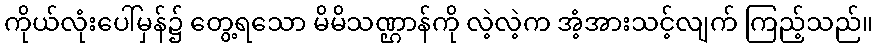
ကိုယ်လုံးပေါ်မှန်၌ တွေ့ရသော မိမိသဏ္ဌာန်ကို လဲ့လဲ့က အံ့အားသင့်လျက် ကြည့်သည်။